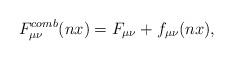
LaTeX: \begin{align*}F\sb{\mu\nu}\sp{comb}(nx)=F\sb{\mu\nu}+f\sb{\mu\nu}(nx),\end{align*}